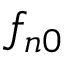
f _ { n 0 }